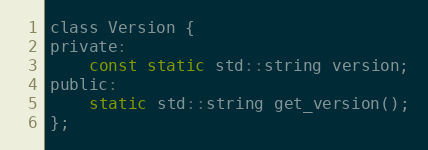
Language: C
class Version {
private:
    const static std::string version;
public:
    static std::string get_version();
};